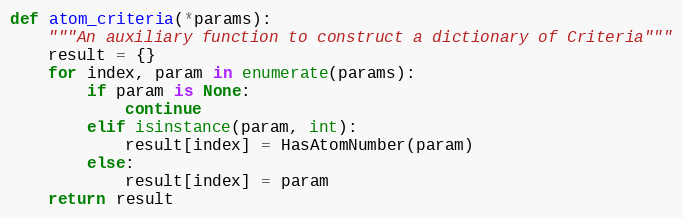
Language: Python
def atom_criteria(*params):
    """An auxiliary function to construct a dictionary of Criteria"""
    result = {}
    for index, param in enumerate(params):
        if param is None:
            continue
        elif isinstance(param, int):
            result[index] = HasAtomNumber(param)
        else:
            result[index] = param
    return result